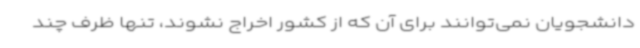
دانشجویان نمی‌توانند برای آن که از کشور اخراج نشوند، تنها ظرف چند